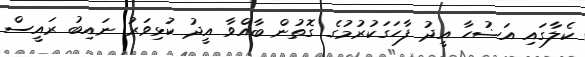
ކެލާގައި އަޟުހާ އީދު ފާހަގަކުރުމުގެ ގޮތުން ބާއްވާ އީދު ކުޅިވަރު ނައިބު ރައީސް